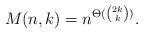
LaTeX: \begin{align*} M(n,k)=n^{\Theta(\binom{2k}{k})}.\end{align*}